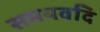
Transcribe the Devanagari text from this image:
समयवदि